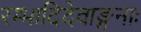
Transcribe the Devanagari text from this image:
रम्भादिदेवाङ्गनाः